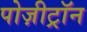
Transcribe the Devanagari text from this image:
पोज़ीट्रॉन